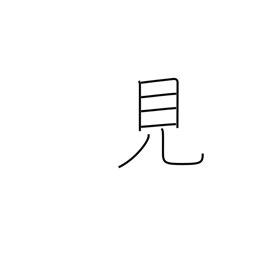
Meaning: visible